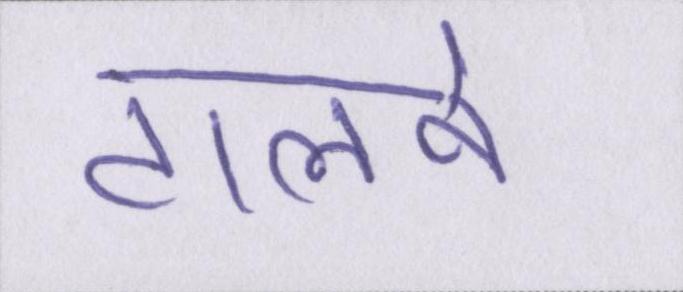
टालने